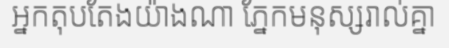
អ្នកតុបតែងយ៉ាងណា ភ្នែកមនុស្សរាល់គ្នា